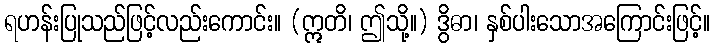
ရဟန်းပြုသည်ဖြင့်လည်းကောင်း။ (ဣတိ၊ ဤသို့။) ဒွိဓာ၊ နှစ်ပါးသောအကြောင်းဖြင့်။